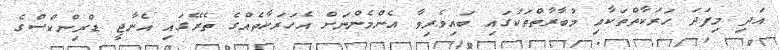
އަދި މިފަދަ ހަރަކާތްތަކާއި މުބާރާތްތަކުގައި ބައިވެރިވާ އެންމެންނަށް އެހަރަކާތެއްގެ ތެރޭގައި އެނާޖީ ޑްރިންކްސްގެ